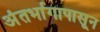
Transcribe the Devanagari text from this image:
अंतर्भागापासून